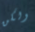
ولكن